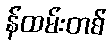
န်ထမ်းတစ်